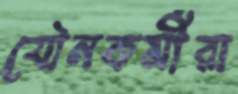
যৌনকর্মীরা